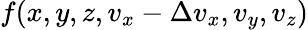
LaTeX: f(x,y,z,v_{x}-\Delta v_{x},v_{y},v_{z})